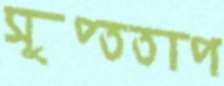
সুপ্ততাপ